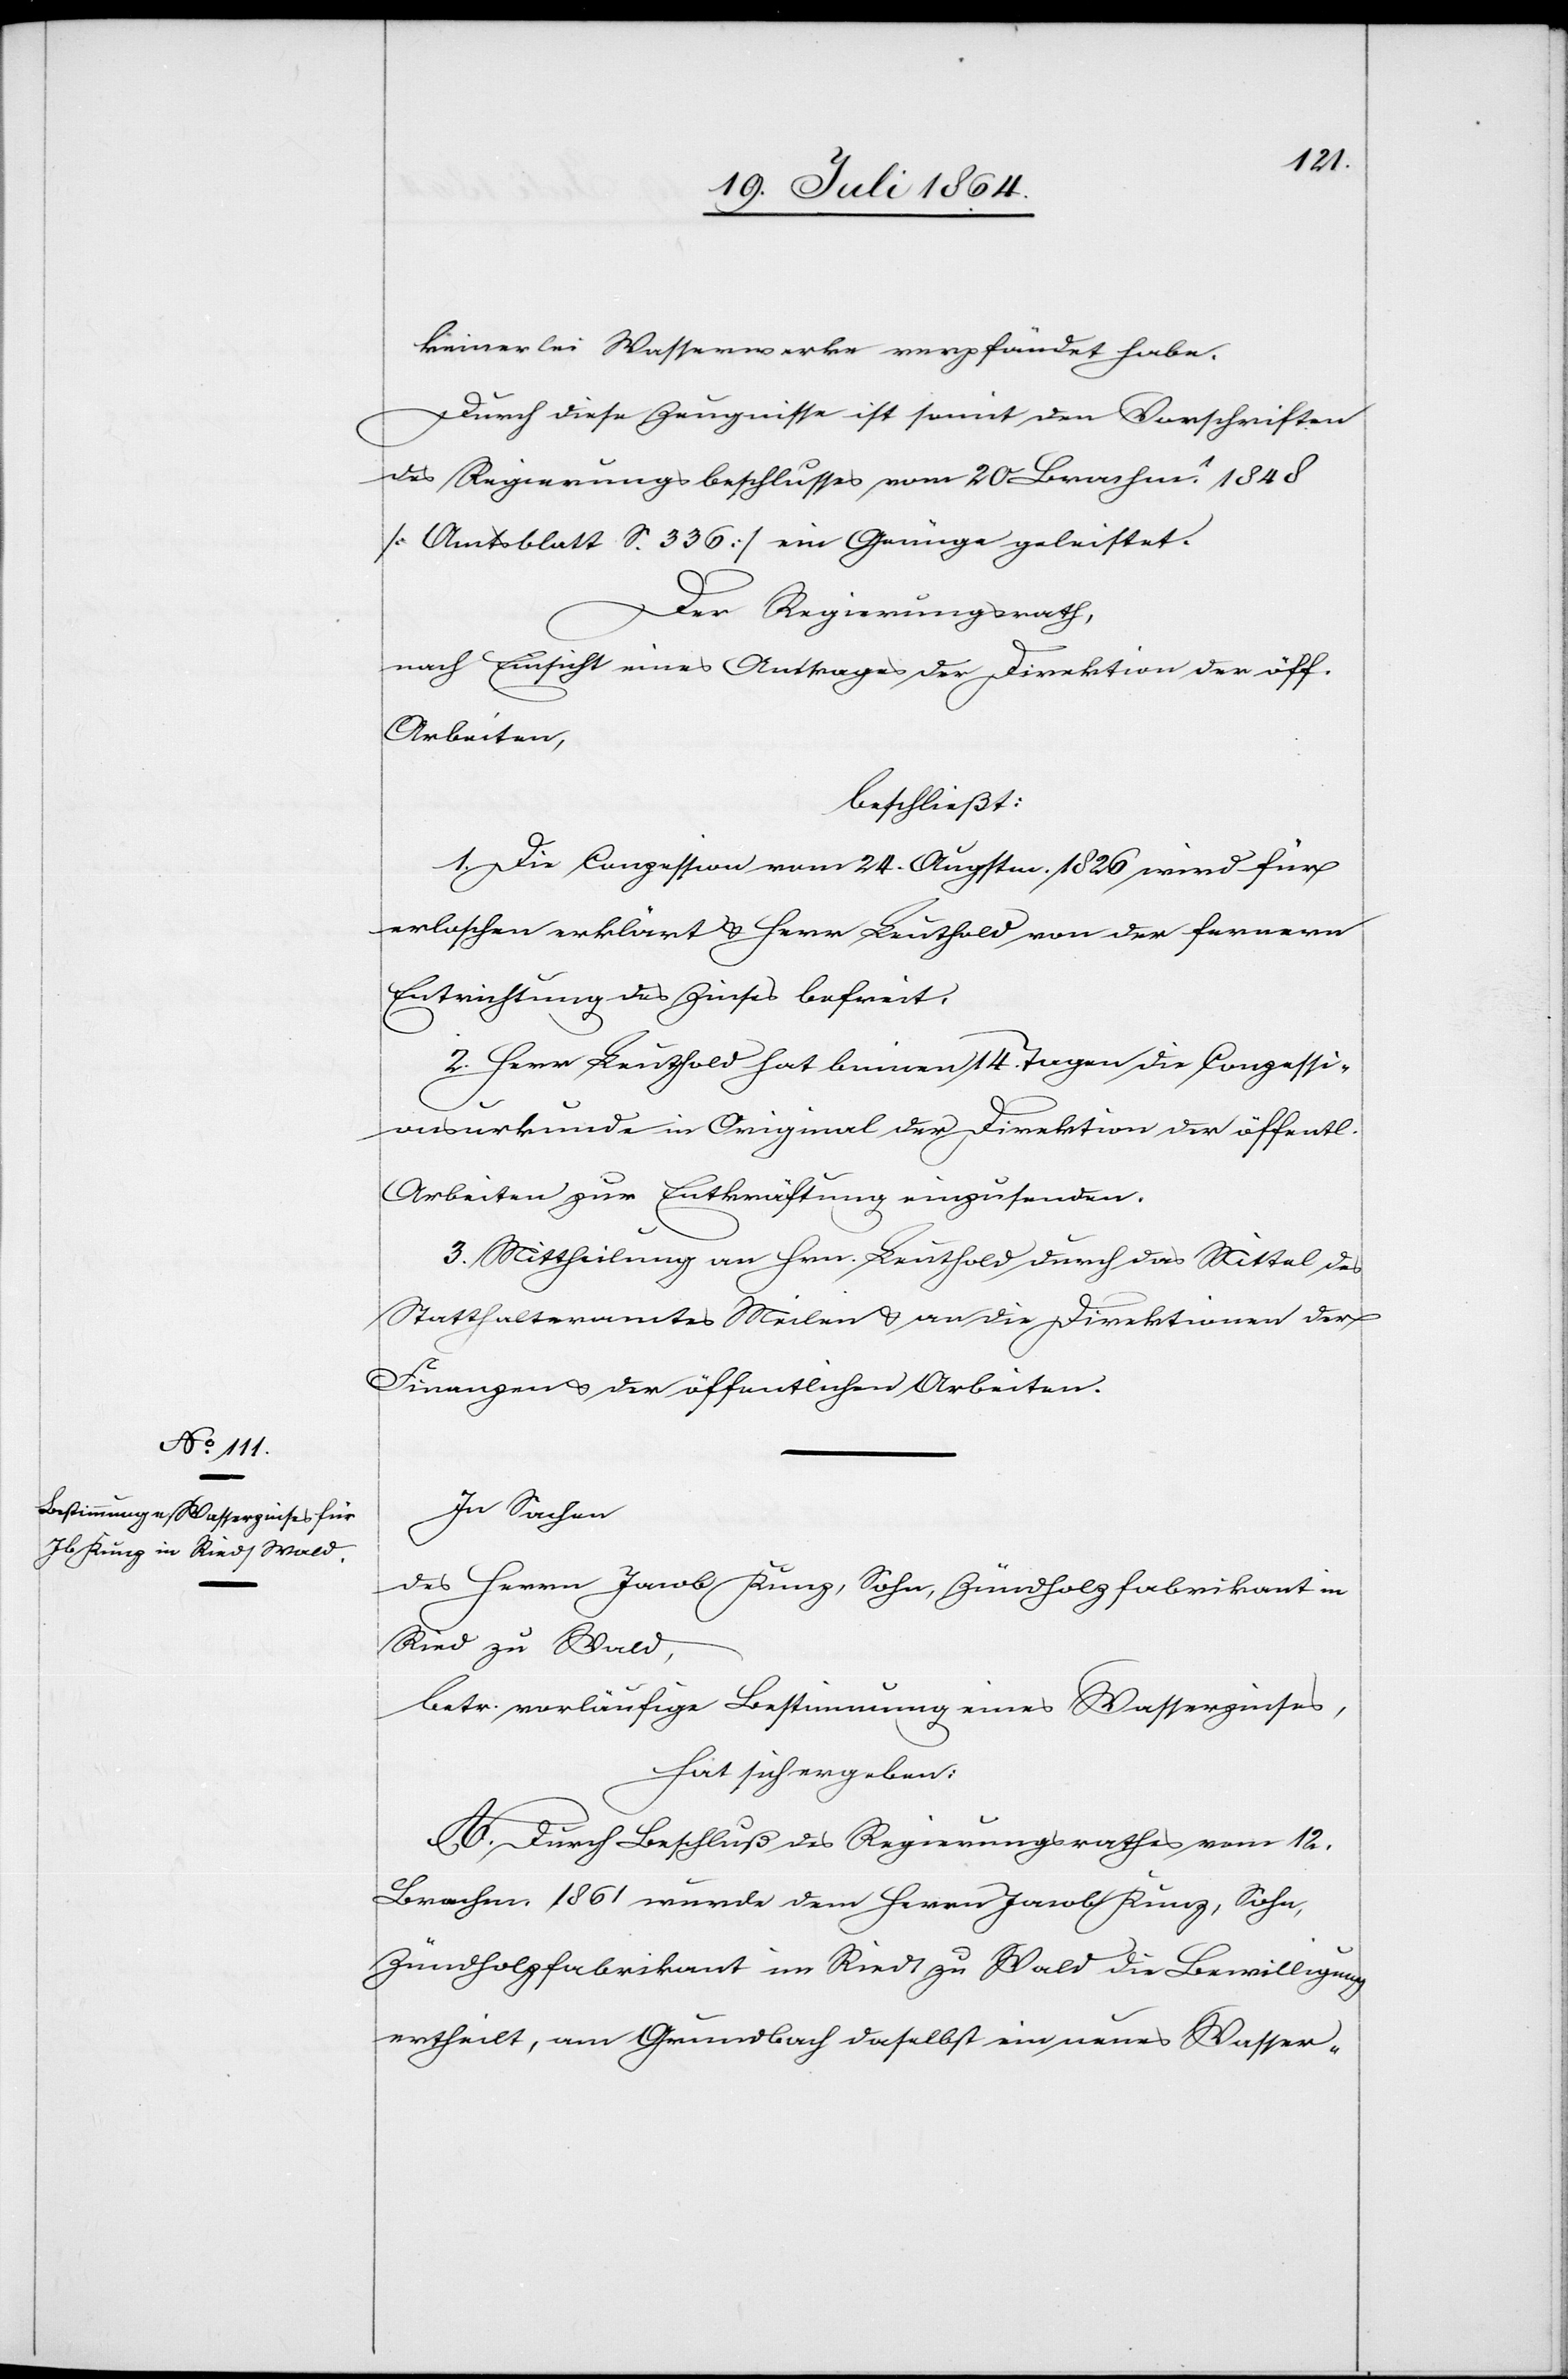
keinerlei Wasserwerke verpfändet habe.
Durch diese Zeugnisse ist somit den Vorschriften
des Regierungsbeschlusses vom 20 Brachm. 1848
[Amtsblatt S. 336] ein Genüge geleistet.
Der Regierungsrath,
nach Einsicht eines Antrages der Direktion der öff.
Arbeiten,
beschließt:
1. Die Conzession vom 24. Augstm. 1826 wird für
erloschen erklärt u. Herr Leuthold von der fernern
Entrichtung des Zinses befreit.
2. Herr Leuthold hat binnen 14 Tagen die Conzessi¬
onsurkunde in Original der Direktion der öffentl.
Arbeiten zur Entkräftung einzusenden.
2. Mittheilung an Hrn. Leuthold durch das Mittel des
Statthalteramtes Meilen u. an die Direktionen der
Finanzen u. der öffentlichen Arbeiten.
In Sachen
des Herrn Jacob Kunz, Sohn, Zündholzfabrikant in
Ried zu Wald,
betr. vorläufige Bestimmung eines Wasserzinses,
hat sich ergeben:
A. Durch Beschluß des Regierungsrathes vom 12.
Brachm. 1861 wurde dem Herrn Jacob Kunz, Sohn,
Zündholzfabrikant im Riedt zu Wald die Bewilligung
ertheilt, am Grundbach daselbst ein neues Wasser-